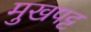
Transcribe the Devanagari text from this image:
मुखपट्ट